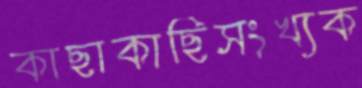
কাছাকাছিসংখ্যক